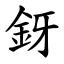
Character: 釾